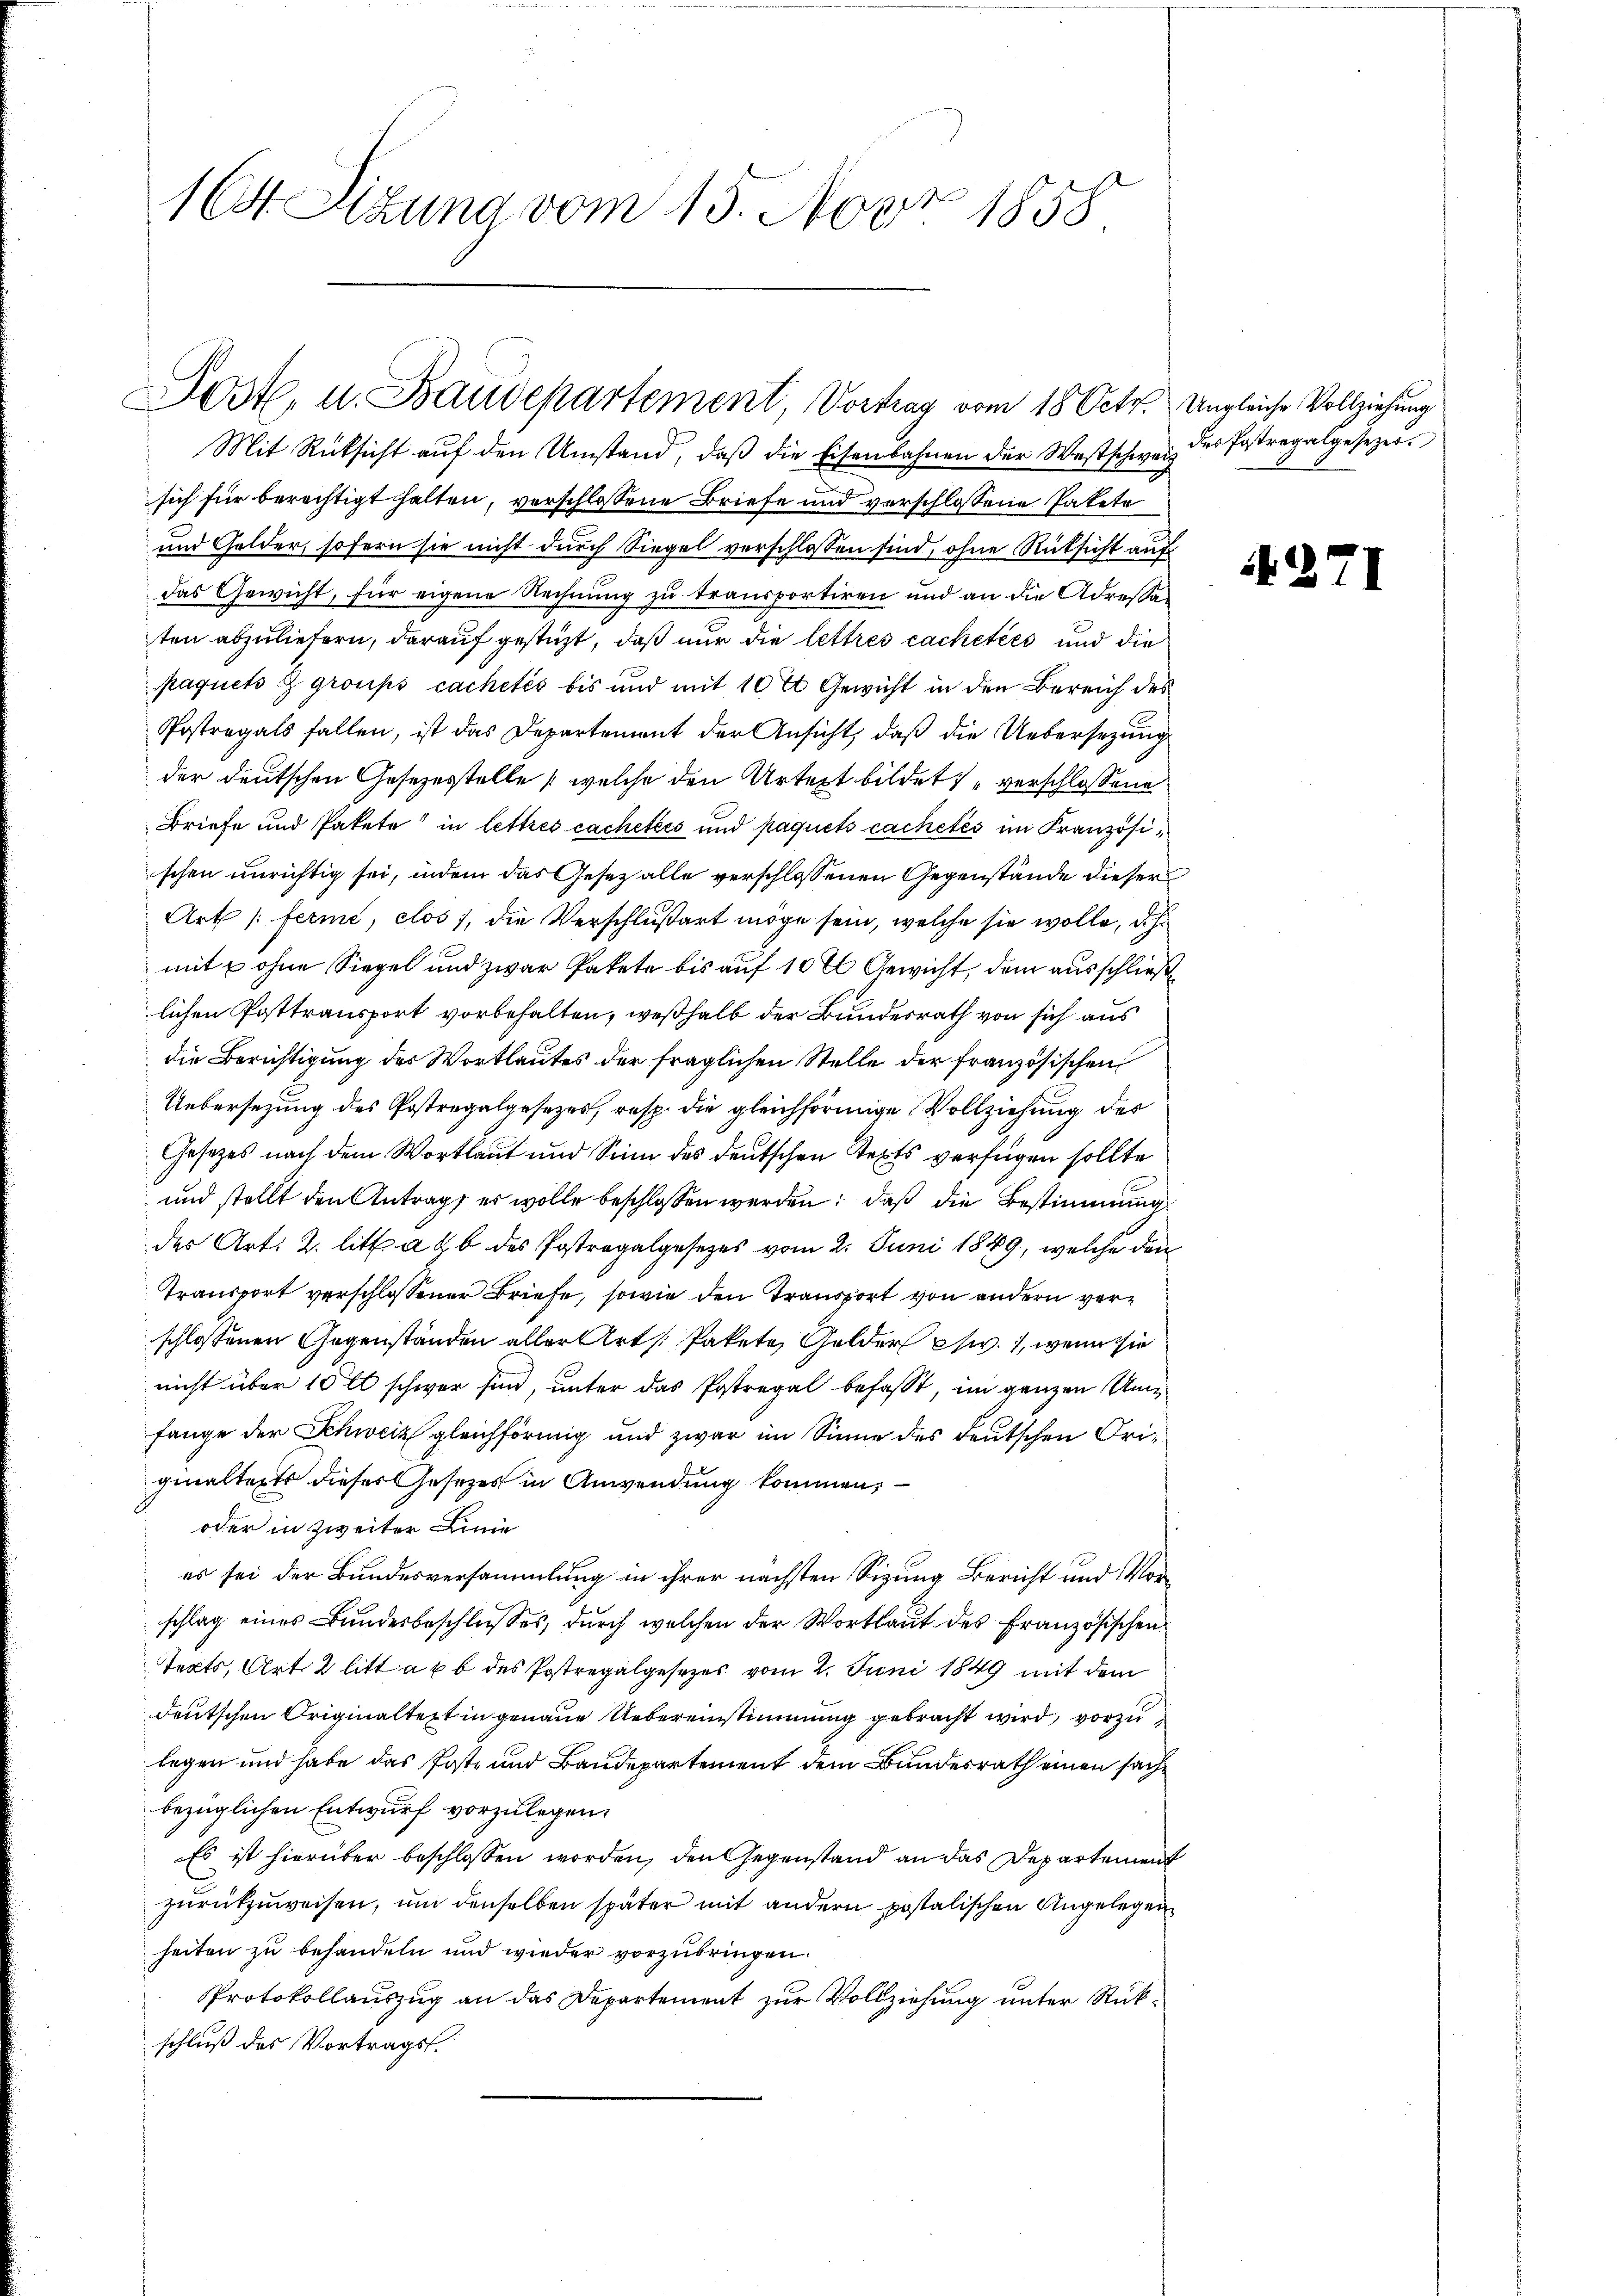
164. Sizung vom 15. Nov. 1858

Post, u. Baudepartement, Vortrag vom 18. Octo. Ungleiche Vollziehung

Mit Rücksicht aŭf den Umstand, daβ die Eisenbahnen der Westschweiz der Fastregalgesezer.
sich für berechtigt halten, verschlossene Briefe und verschlossene Pakete
und Golder, sofern sie nicht durch Siegel verschlossen sind, ohne Rücksicht auf
das Gewicht, für eigene Rechnung zu transportiren und an die Adressaten abzuliefern, darauf gestüzt, daß nur die lettres cachetées und die
paquets z groups cachetés bis und mit 10% Gewicht in den Bereich des
Postregals fallen, ist das Departement der Ansicht, daß die Uebersezung
der deutschen Gesezesstelle (welche den Urtext bildet verschlossene
Briefe und Pakete in lettres cachetées und paquets cachetés im Französischen unrichtig sei, indem das Gesetz alle verschlossenen Gegenstände dieser
Art /: ferme, clos, die Verschlußart möge sein, welche sie wolle, dahi
mit u ohne Siegel und zwar Pakete bis auf 10 % Gewicht, dem ausschließe
lichen Posttransport vorbehalten, weßhalb der Bundesrath von sich aus
die Berichtigung des Wortlautes der fraglichen Stelle der französischen
Uebersezung des Postregalgesezes, resp. die gleichförmige Vollziehung des
Gesetzes nach dem Wortlaut und Sinn des deutschen Septs verfügen sollte
und stellt den Antrag es wolle beschlossen werden; daß die Bestimmung
des Art. 2. litt. a b des Postregalgesezes vom 2. Juni 1849, welche den
Transport verschlossener Briefe, sowie den Transport von andern verschlossenen Gegenständen aller Art. Pakete Gelder p. 1, wenn sie
nicht über 10 t schwer sind, unter das Postregal befasst, im ganzen Umfange der Schweiz gleichförmig und zwar im Sinne des deutschen Originalterts dieser Gesetzes in Anwendung kommen,
oder in Zweiter Linie
es sei der Bundesversammlung in ihrer nächsten Sizung Bericht und Vorschlag eines Bundesbeschlusses, durch welchen der Wortlaut des Französischen
tects, Art. 2 litt a u. b des Postregalgesezes vom 1. Juni 1849 mit dem
deutschen Originaltezt in genaue Uebereinstimmung gebracht wird, vorzu
legen und habe das Post- und Baudepartement dem Bundesrath einen sachbezüglichen Entwurf vorzulegen.
Es ist hierüber beschlossen worden, den Gegenstand an das Departement
zurückzuweisen, um denselben später mit andern postalischen Angelegen
heiten zu behandeln und wieder vorzubringen.
PProtokollauszug an das Departement zur Vollziehung unter Rückschluß des Vortrags.

.